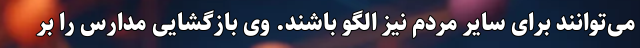
می‌توانند برای سایر مردم نیز الگو باشند. وی بازگشایی مدارس را بر